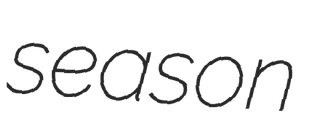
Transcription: season